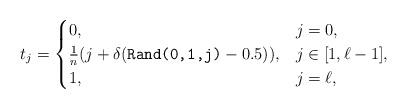
LaTeX: \begin{align*}t_j = \begin{cases} 0, & j=0, \\ \frac{1}{n}(j + \delta(\texttt{Rand(0,1,j)}-0.5)), & j \in [1,\ell-1], \\ 1, & j=\ell, \end{cases}\end{align*}